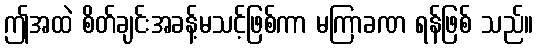
ဤအထဲ စိတ်ချင်းအခန့်မသင့်ဖြစ်ကာ မကြာခဏ ရန်ဖြစ် သည်။